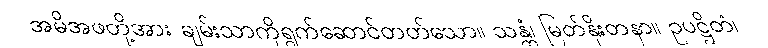
အမိအဖတို့အား ချမ်းသာကိုရွက်ဆောင်တတ်သော။ သန္တံ၊ မြတ်နိုးတနာ။ ဥပဋ္ဌိတံ၊